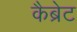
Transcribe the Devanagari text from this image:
कैब्रेट